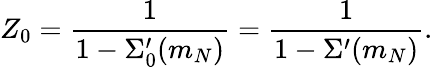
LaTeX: Z_{0}=\frac{1}{1-\Sigma_{0}^{\prime}(m_{N})}=\frac{1}{1-\Sigma^{\prime}(m_{N})}.